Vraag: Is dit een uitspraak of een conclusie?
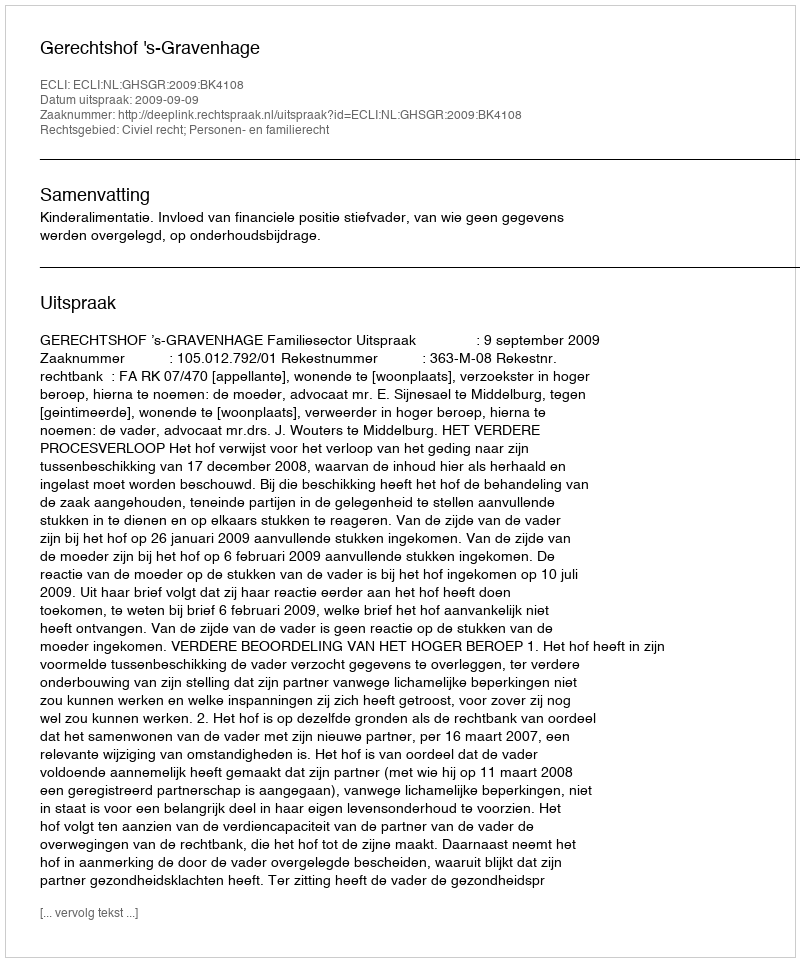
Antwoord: Uitspraak